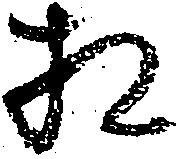
相